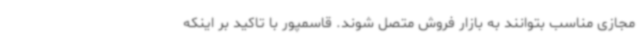
مجازی مناسب بتوانند به بازار فروش متصل شوند. قاسمپور با تاکید بر اینکه